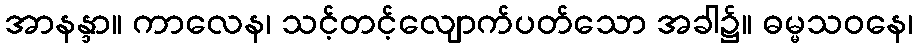
အာနန္ဒာ။ ကာလေန၊ သင့်တင့်လျောက်ပတ်သော အခါ၌။ ဓမ္မသဝနေ၊